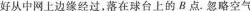
好从中网上边缘经过，落在球台上的B点。忽略空气